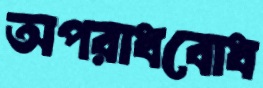
অপরাধবোধ